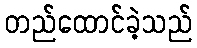
တည်ထောင်ခဲ့သည်